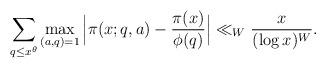
LaTeX: \begin{align*} \sum_{q\le x^\theta}\max_{(a,q)=1}\Big|\pi(x;q,a)-\frac{\pi(x)}{\phi(q)}\Big|\ll_W\frac{x}{(\log x)^W}.\end{align*}